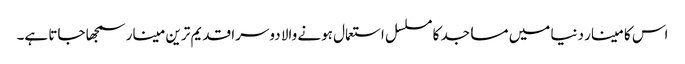
اس کا مینار دنیا میں مساجد کا مسلسل استعمال ہونے والا دوسرا قدیم ترین مینار سمجھا جاتا ہے۔